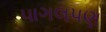
પાગલપણ